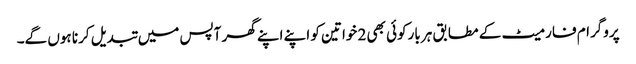
پروگرام فارمیٹ کے مطابق ہر بارکوئی بھی 2 خواتین کو اپنے اپنے گھر آپس میں تبدیل کرنا ہوں گے۔